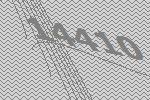
14410